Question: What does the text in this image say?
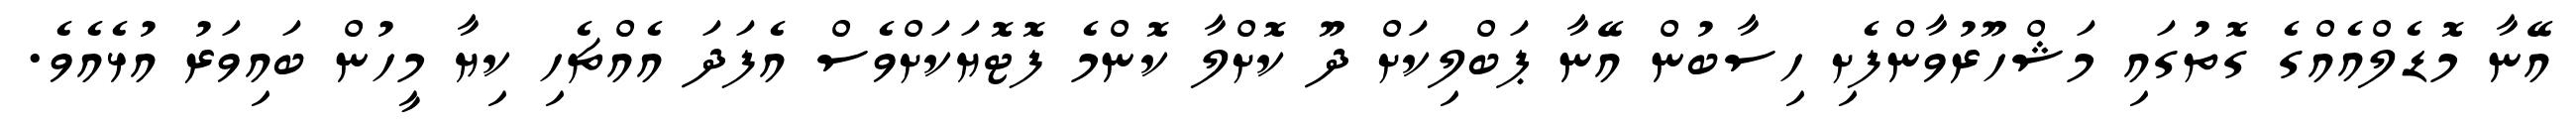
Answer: އޭނާ މޮޑެލްއެއްގެ ގޮތުގައި މަޝްހޫރުވާންފެށި ހިސާބުން އޭނާ ޕަބްލިކަށް ދޫ ކޮށްލާ ކޮންމެ ފޮޓޮޔަކަށްވެސް އެފަދަ އެއްޗެހި ކިޔާ މީހުން ބައިވަރު އުޅެއެވެ.